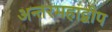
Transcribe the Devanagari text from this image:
अन्तरमहाद्वीप